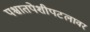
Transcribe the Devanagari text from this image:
पश्चातपेशीपटलावर